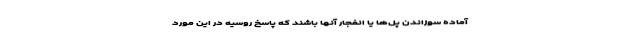
آماده سوزاندن پل‌ها یا انفجار آنها باشند که پاسخ روسیه در این مورد